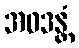
အဝဒန္တံ